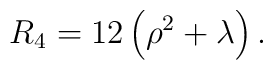
R_4 = 12\left(\rho^2+\lambda\right).